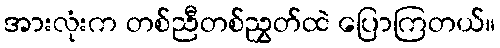
အားလုံးက တစ်ညီတစ်ညွှတ်ထဲ ပြောကြတယ်။